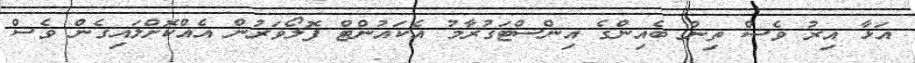
އަޅާ އިރު ވެސް ތިން ބެއިންގެ އިންސްޓަގުރާމު އެކައުންޓް ފޮލޯވަރުން އެއްކޮށްލައިގެން ވެސް